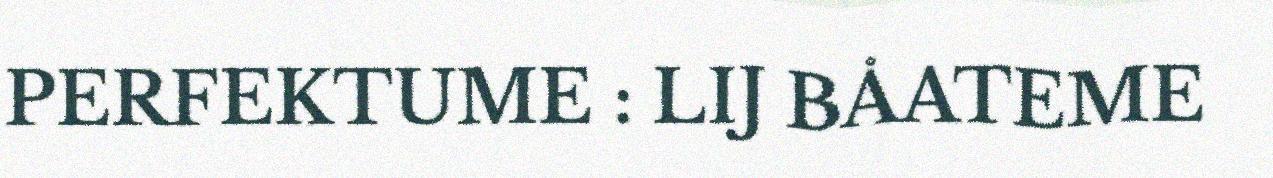
PERFEKTUME : LIJ BÅATEME